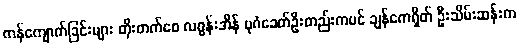
ကန်ကျောက်ခြင်းများ တိုးတက်စေ လဂွန်းအိန် ပုဂံခေတ်ဦးတည်းကပင် ချန်ကေရှိတ် ဦးသိမ်းဆန်းက